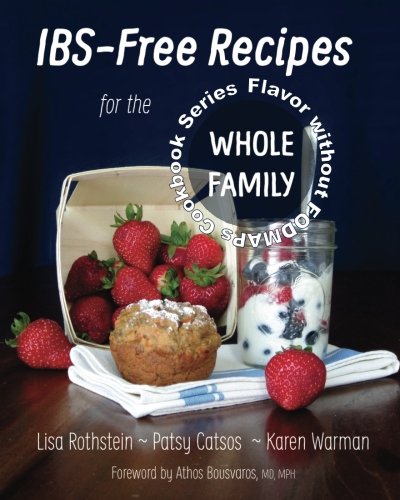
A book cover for IBS-Free Recipes for the Whole Family (The Flavor without FODMAPs Series) (Volume 2); Lisa Rothstein; Health, Fitness & Dieting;